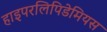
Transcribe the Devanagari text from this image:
हाइपरलिपिडेमियस